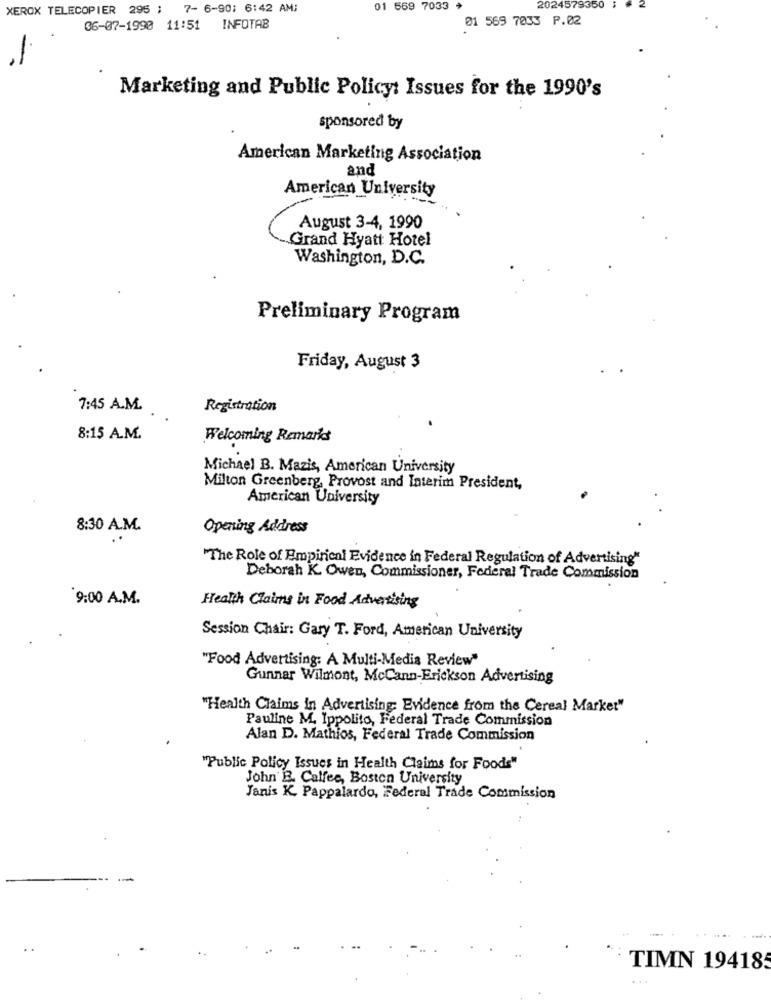
XEROX TELECOPIER 295 ; 7- 6-90; 6:42 AM:
01 569 7033
2024579350
2
01 569 7033 P.02
06-07-1990 11:51 INFOTAB
Marketing and Public Policy: Issues for the 1990's
sponsored by
American Marketing Association
and
American University
August 3-4, 1990
Grand Hyatt Hotel
Washington, D.C.
Preliminary Program
Friday, August 3
7:45 A.M.
Registration
8:15 A.M.
Welcoming Remarks
Michael B. Mazis, American University
Milton Greenberg, Provost and Interim President,
American University
8:30 A.M.
Opening Address
"The Role of Empirical Evidence in Federal Regulation of Advertising"
Deborah K. Owen, Commissioner, Federal Trade Commission
9:00 A.M.
Health Claims in Food Advertising
Session Chair: Gary T. Ford, American University
"Food Advertising: A Multi-Media Review"
Gunnar Wilmont, McCann-Erickson Advertising
"Health Claims in Advertising; Evidence from the Cereal Market"
Pauline M. Ippolito, Federal Trade Commission
Alan D. Mathios, Federal Trade Commission
"Public Policy Issues in Health Claims for Foods"
John'E. Caffee, Boston University
Janis K. Pappalardo, Federal Trade Commission
TIMN 194185
...